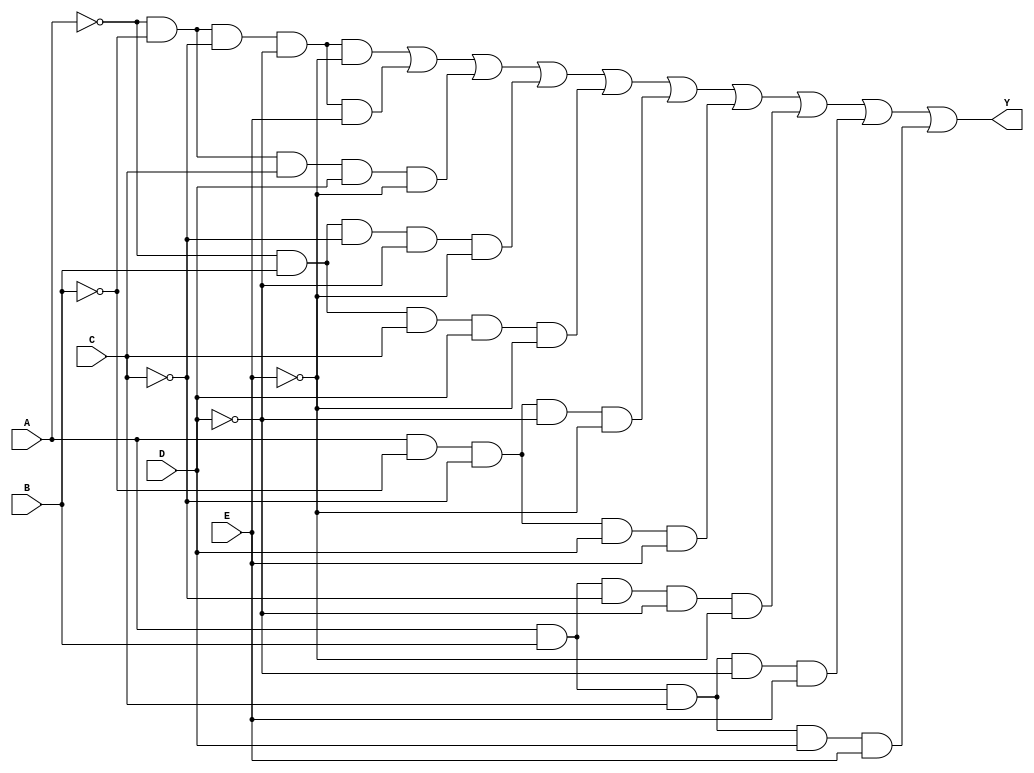
module five_variable_kmap (
    input wire A, // Input variable A
    input wire B, // Input variable B
    input wire C, // Input variable C
    input wire D, // Input variable D
    input wire E, // Input variable E
    output wire Y  // Output representing the simplified Boolean function
);

// K-map implementation starts here
// The output Y will be high for specific combinations of A, B, C, D, and E

assign Y = (
    (A == 0 && B == 0 && C == 0 && D == 0 && E == 0) || // m0
    (A == 0 && B == 0 && C == 0 && D == 0 && E == 1) || // m1
    (A == 0 && B == 0 && C == 1 && D == 1 && E == 0) || // m6
    (A == 0 && B == 1 && C == 0 && D == 0 && E == 0) || // m8
    (A == 0 && B == 1 && C == 1 && D == 1 && E == 0) || // m14
    (A == 1 && B == 0 && C == 0 && D == 0 && E == 0) || // m16
    (A == 1 && B == 0 && C == 0 && D == 1 && E == 1) || // m19
    (A == 1 && B == 1 && C == 0 && D == 0 && E == 0) || // m24
    (A == 1 && B == 1 && C == 1 && D == 0 && E == 1) || // m30
    (A == 1 && B == 1 && C == 1 && D == 1 && E == 1)    // m31
);

// Additional logic can be added here based on specific groups of minterms
// that you want to consider for the output Y.

endmodule